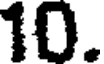
10.